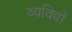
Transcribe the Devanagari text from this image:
व्यक्याेिं